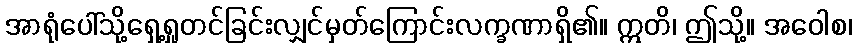
အာရုံပေါ်သို့ရှေ့ရှုတင်ခြင်းလျှင်မှတ်ကြောင်းလက္ခဏာရှိ၏။ ဣတိ၊ ဤသို့။ အဝေါစ၊